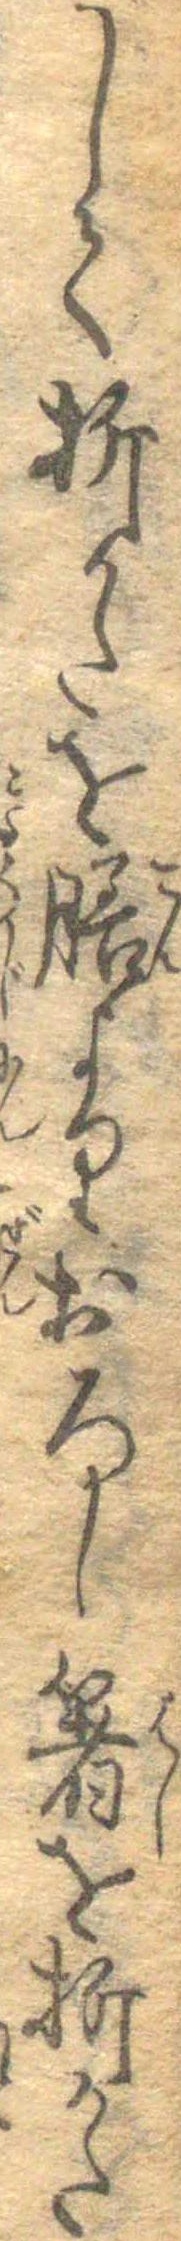
して折かたを膳よりおろし箸を折かた